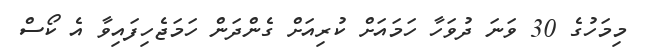
މިމަހުގެ 30 ވަނަ ދުވަހާ ހަމައަށް ކުރިއަށް ގެންދަން ހަމަޖެހިފައިވާ އެ ކޯސް